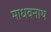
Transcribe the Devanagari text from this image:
माधवनाथ